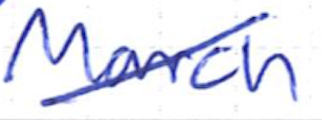
Text: March
Cross-out: diagonal
Writing tool: ballpoint